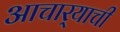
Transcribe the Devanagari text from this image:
आचार्‍याची